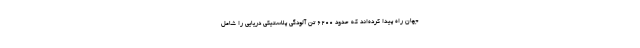
جهان راه پیدا کرده‌اند که حدود ۶۲۰۰ تن آلودگی پلاستیکی دریایی را شامل